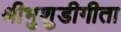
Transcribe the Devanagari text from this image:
श्रीभुशुडीगीता